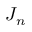
J _ { n }